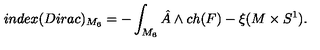
i n d e x ( D i r a c ) _ { M _ { 6 } } = - \int _ { M _ { 6 } } { { \hat { A } } } \wedge { c h ( F ) } - \xi ( M \times { S ^ { 1 } } ) .